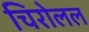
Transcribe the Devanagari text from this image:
चिरोलल